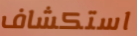
استكشاف